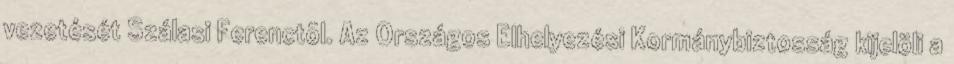
vezetését Szálasi Ferenctõl. Az Országos Elhelyezési Kormánybiztosság kijelöli a